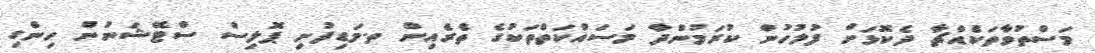
މަސްތުވާތަކެއްޗާ ދެކޮޅަށް ފުލުހުން ކުރަމުންދާ މަސައްކަތްތަކުގެ ތެރެއިން ތ.މަޑިފުށި ޕޮލިސް ސްޓޭޝަނުން ހިންގި